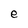
Character: e